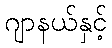
ဂျာနယ်နှင့်